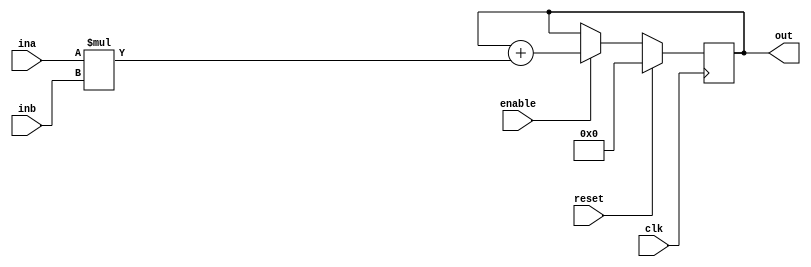
`default_nettype none

module fma #( parameter WIDTH = 8) (
    input  wire                     clk,
    input  wire                     reset,

    input  wire [WIDTH - 1 : 0]     ina,
    input  wire [WIDTH - 1 : 0]     inb,
    input  wire                     enable,
    output wire [2 * WIDTH - 1 : 0] out
);

    reg [2 * WIDTH - 1 : 0] accu;
    always @(posedge clk) begin
        if (reset) begin
            accu        <= 0;
        end else begin
            if (enable) begin
                accu    <= accu + ina * inb;
            end
        end
    end

    assign out = accu;
endmodule